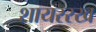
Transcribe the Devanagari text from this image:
शायररख